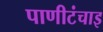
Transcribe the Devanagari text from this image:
पाणीटंचाइ